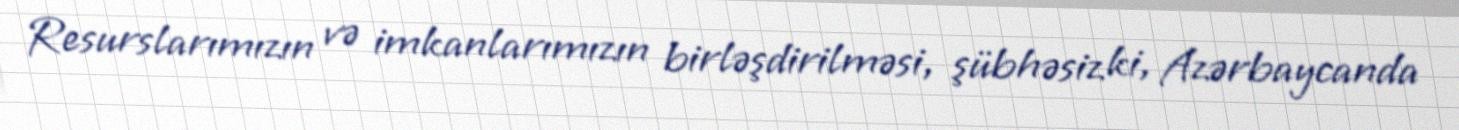
Resurslarımızın və imkanlarımızın birləşdirilməsi, şübhəsiz ki, Azərbaycanda